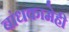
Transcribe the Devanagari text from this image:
बांधकामेही